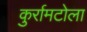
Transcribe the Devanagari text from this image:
कुर्रामटोला